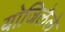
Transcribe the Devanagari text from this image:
योजिलेले